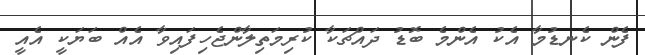
ފެން ކެނޑުމާ އެކު އެންމެ ބޮޑު ދައްޗަކާ ކުރިމަތިލާންޖެހިފައިވާ އެއް ބަޔަކީ އެއީ